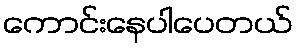
ကောင်းနေပါပေတယ်